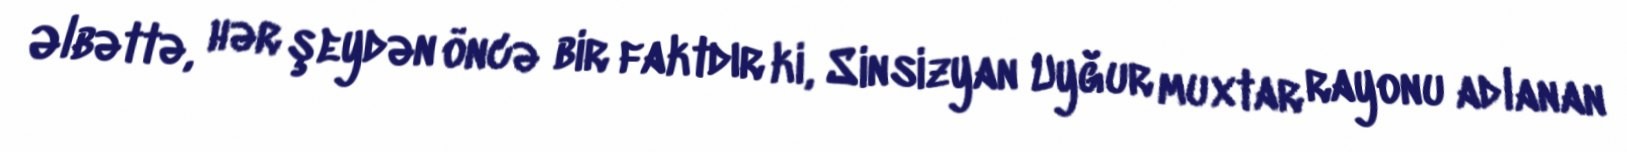
Əlbəttə, hər şeydən öncə bir faktdır ki, Sinsizyan Uyğur muxtar rayonu adlanan